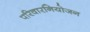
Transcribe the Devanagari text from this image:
परिवारनियोजन